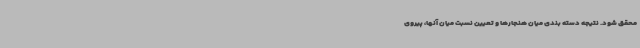
محقق شود. نتیجه دسته بندی میان هنجارها و تعیین نسبت میان آنها، پیروی